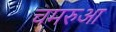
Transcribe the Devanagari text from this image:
चमरुआ